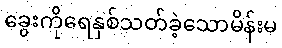
ခွေးကိုရေနှစ်သတ်ခဲ့သောမိန်းမ